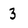
Character: 3